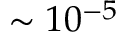
\sim 1 0 ^ { - 5 }